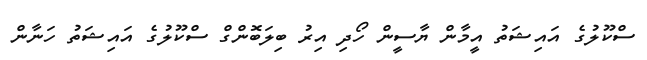
ސްކޫލުގެ އައިޝަތު އީމާން ޔާސީން ހޯދި އިރު ބިލަބޮންގް ސްކޫލުގެ އައިޝަތު ހަނާން